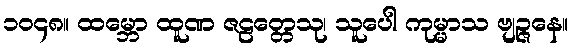
၁၀၄၈။ ထမ္ဘော ထူဏ ဇဠတ္တေသု၊ သူပေါ ကုမ္မာသ ဗျဉ္ဇနေ။